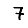
Digit: 7